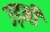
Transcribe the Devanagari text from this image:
उड़नी